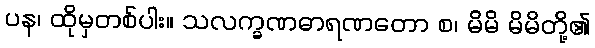
ပန၊ ထိုမှတစ်ပါး။ သလက္ခဏဓာရဏတော စ၊ မိမိ မိမိတို့၏